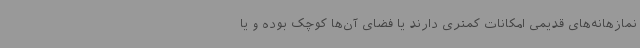
نمازهانه‌های قدیمی امکانات کمتری دارند یا فضای آن‌ها کوچک بوده و یا